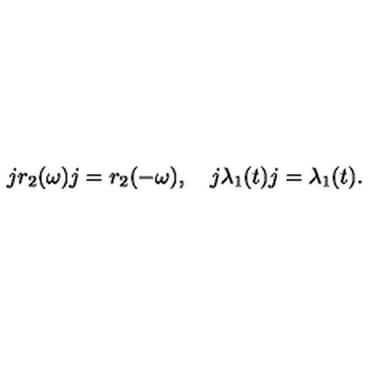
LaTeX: j r _ { 2 } ( \omega ) j = r _ { 2 } ( - \omega ) , \quad j \lambda _ { 1 } ( t ) j = \lambda _ { 1 } ( t ) .